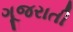
ગૂજરાતી